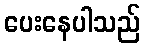
ပေးနေပါသည်